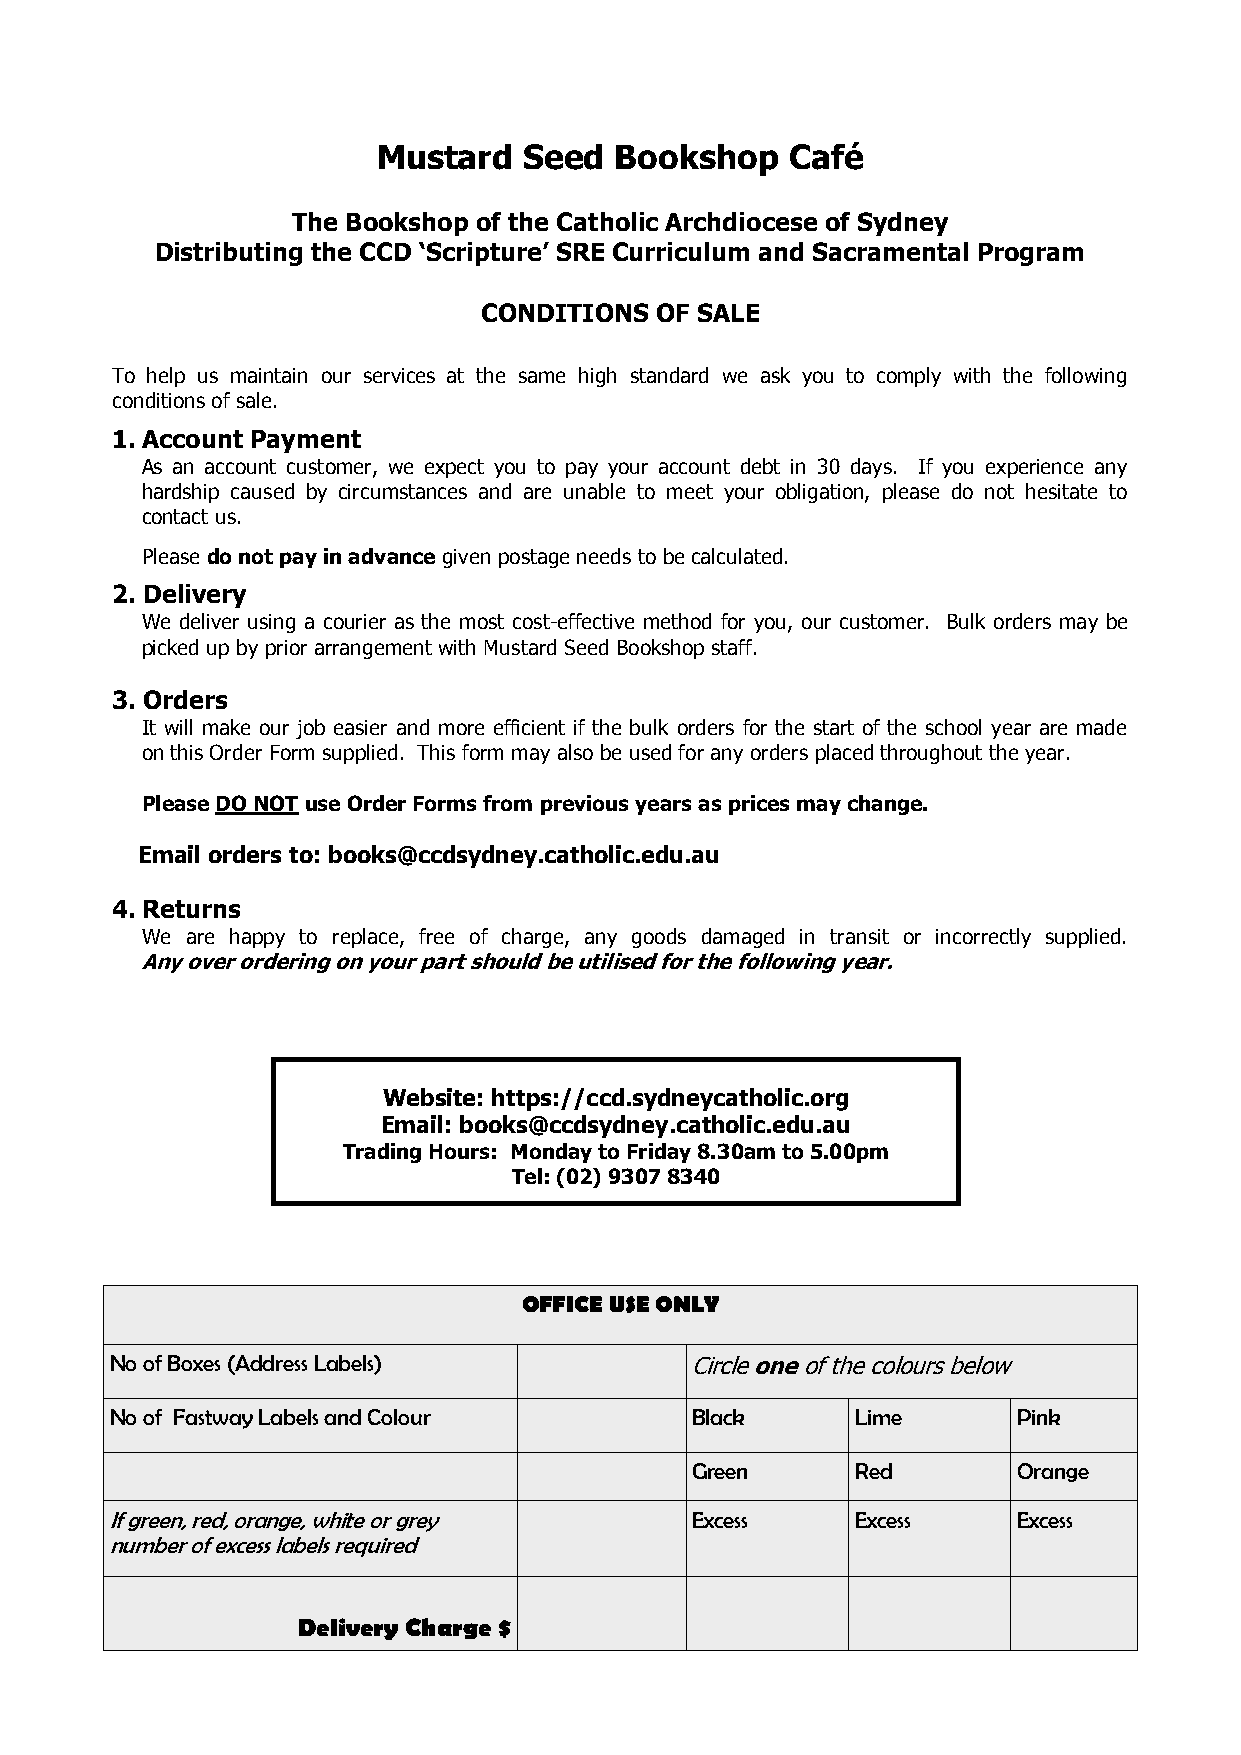
Mustard   Seed  Bookshop   Café
 The Bookshop of the Catholic Archdiocese of Sydney
 Distributing the CCD ‘Scripture’ SRE Curriculum and Sacramental Program
 CONDITIONS OF SALE
 To help us maintain our services at the same high standard we ask you to comply with the following
 conditions of sale.
 1. Account Payment
 As an account customer, we expect you to pay your account debt in 30 days. If you experience any
 hardship caused by circumstances and are unable to meet your obligation, please do not hesitate to
 contact us.
 Please do not pay in advance given postage needs to be calculated.
 2. Delivery
 We deliver using a courier as the most cost-effective method for you, our customer. Bulk orders may be
 picked up by prior arrangement with Mustard Seed Bookshop staff.
 3. Orders
 It will make our job easier and more efficient if the bulk orders for the start of the school year are made
 on this Order Form supplied. This form may also be used for any orders placed throughout the year.
 Please DO NOT use Order Forms from previous years as prices may change.
 Email orders to: books@ccdsydney.catholic.edu.au
 4. Returns
 We are happy to replace, free of charge, any goods damaged in transit or incorrectly supplied.
 Any over ordering on your part should be utilised for the following year.
 Website: https://ccd.sydneycatholic.org
 Email: books@ccdsydney.catholic.edu.au
 Trading Hours: Monday to Friday 8.30am to 5.00pm
 Tel: (02) 9307 8340
 OFFICE USE ONLY
 No of Boxes (Address Labels)           Circle one of the colours below
 No of Fastway Labels and Colour        Black      L ime     Pink
 Green      R ed      Orange
 If green, red, orange, white or grey   Excess     E xcess   Excess
 number of excess labels required
 Delivery Charge $